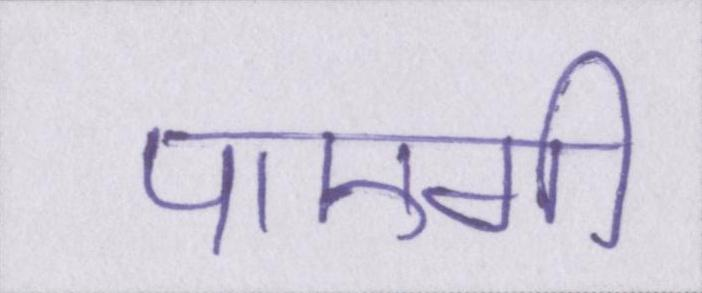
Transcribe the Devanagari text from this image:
पाएगी